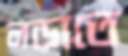
লড়াতে